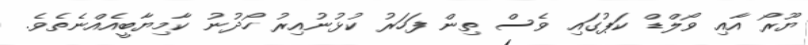
ޔޫރޯ އާއި ވޯލްޑް ކަޕުގައި ވެސް ތިން ފަހަރު ކުޅުނުއިރު ހޯދުނު ކާމިޔާބީއެއްނެތެވެ.